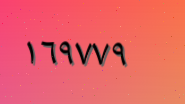
١٦٩٧٧٩